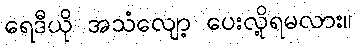
ရေဒီယို အသံလျော့ ပေးလို့ရမလား။